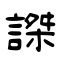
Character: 謋